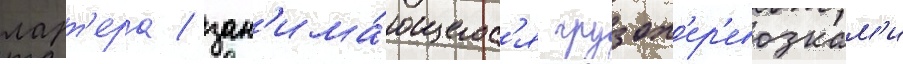
ларт'ера / зан'има́ющегос'я грузоп'ер'евозкам'и